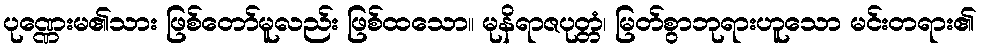
ပုဏ္ဏေးမ၏သား ဖြစ်တော်မူလည်း ဖြစ်ထသော။ မုနိရာဇပုတ္တံ၊ မြတ်စွာဘုရားဟူသော မင်းတရား၏